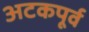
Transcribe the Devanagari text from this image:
अटकपूर्व